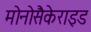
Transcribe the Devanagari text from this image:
मोनोसैकेराइड